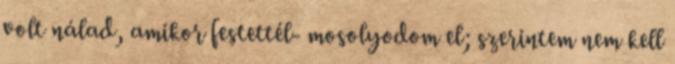
volt nálad, amikor festettél- mosolyodom el; szerintem nem kell